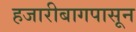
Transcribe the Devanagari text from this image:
हजारीबागपासून